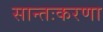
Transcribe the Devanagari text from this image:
सान्तःकरणा